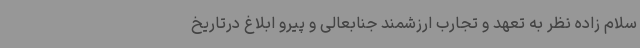
سلام زاده نظر به تعهد و تجارب ارزشمند جنابعالی و پیرو ابلاغ درتاریخ